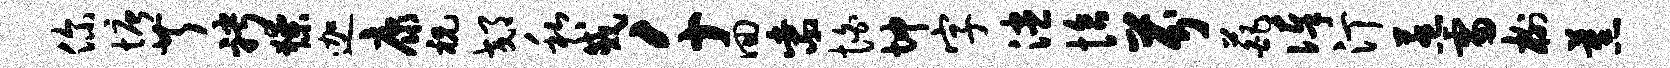
你塘芹聘獠迦康祝郊私戚千回紫怕坤字漶恰芬葩俸汀惹雷榭蕉